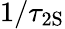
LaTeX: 1/\tau_{\mathrm{{2S}}}